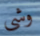
وشى